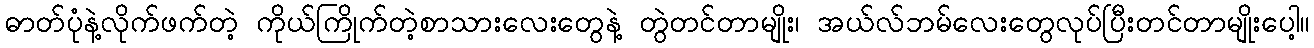
ဓာတ်ပုံနဲ့လိုက်ဖက်တဲ့ ကိုယ်ကြိုက်တဲ့စာသားလေးတွေနဲ့ တွဲတင်တာမျိုး၊ အယ်လ်ဘမ်လေးတွေလုပ်ပြီးတင်တာမျိုးပေါ့။